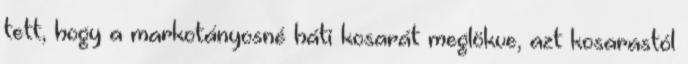
tett, hogy a markotányosné háti kosarát meglökve, azt kosarastól